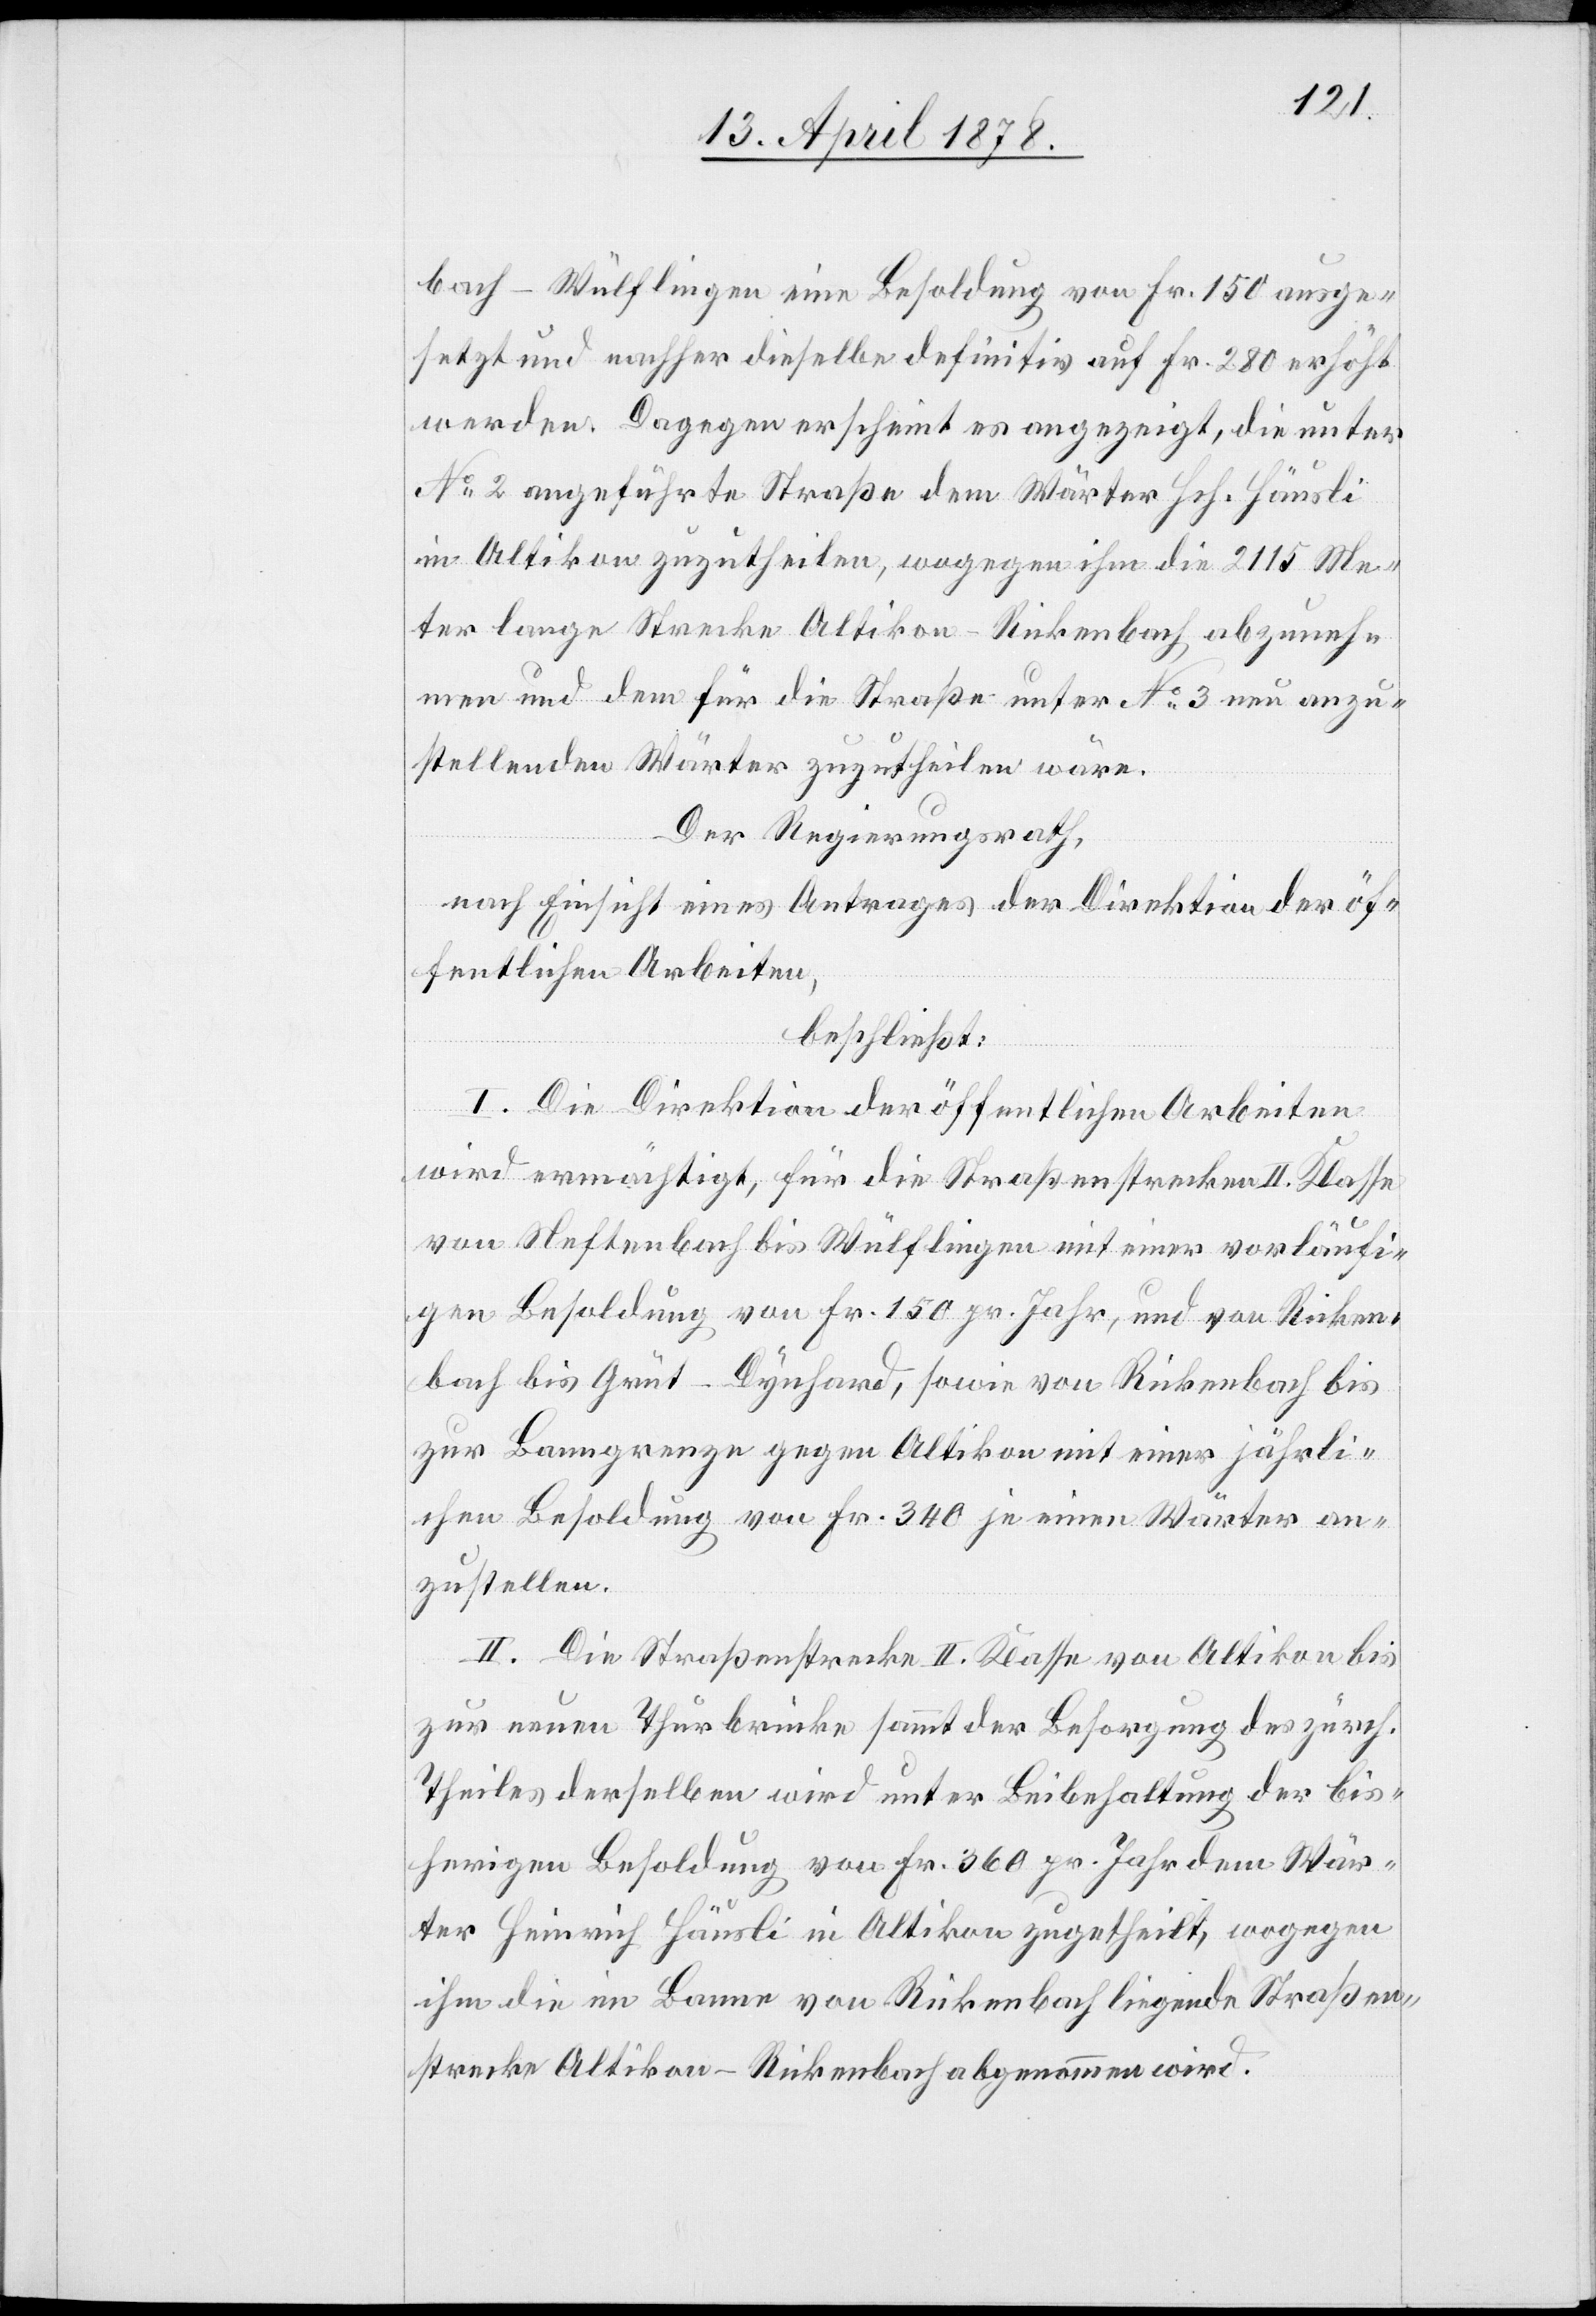
bach–Wülflingen eine Besoldung von Fr. 150 ausge¬
setzt und nachher dieselbe definitiv auf Fr. 280 erhöht
werden. Dagegen erscheint es angezeigt, die unter
No 2 angeführte Straße dem Wärter Hch. Häusli
in Altikon zuzutheilen, wogegen ihm die 2115 Me¬
ter lange Strecke Altikon–Rickenbach abzuneh¬
men und dem für die Straße unter No 3 neu anzu¬
stellenden Wärter zuzutheilen wäre.
Der Regierungsrath,
nach Einsicht eines Antrages der Direktion der öf¬
fentlichen Arbeiten,
beschließt:
I. Die Direktion der öffentlichen Arbeiten
wird ermächtigt, für die Straßenstrecken II. Klasse
von Neftenbach bis Wülflingen mit einer vorläufi¬
gen Besoldung von Fr. 150 pr. Jahr, und von Ricken¬
bach bis Grüt - Dynhard, sowie von Rickenbach bis
zur Banngrenze gegen Altikon mit einer jährli¬
chen Besoldung von Fr. 340 je einen Wärter an¬
zustellen.
II. Die Straßenstrecke II. Klasse von Altikon bis
zur neuen Thurbrücke sammt der Besorgung des zürch.
Theiles derselben wird unter Beibehaltung der bis¬
herigen Besoldung von Fr. 360 pr. Jahr dem Wär¬
ter Heinrich Häusli in Altikon zugetheilt, wogegen
ihm die im Banne von Rickenbach liegende Straßen¬
strecke Altikon–Rickenbach abgenommen wird.